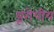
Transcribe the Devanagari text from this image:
य़ूरोपीय